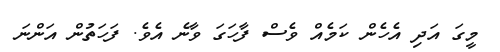
މީގަ އަދި އެހެން ކަމެއް ވެސް ފާހަގަ ވާނެ އެވެ. ފަހަތުން އަންނަ